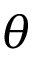
\theta